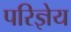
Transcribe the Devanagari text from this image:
परिज्ञेय